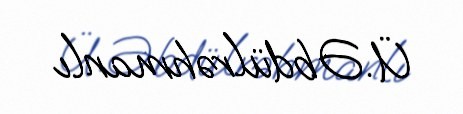
Ü. Əbdülrəhmanlı